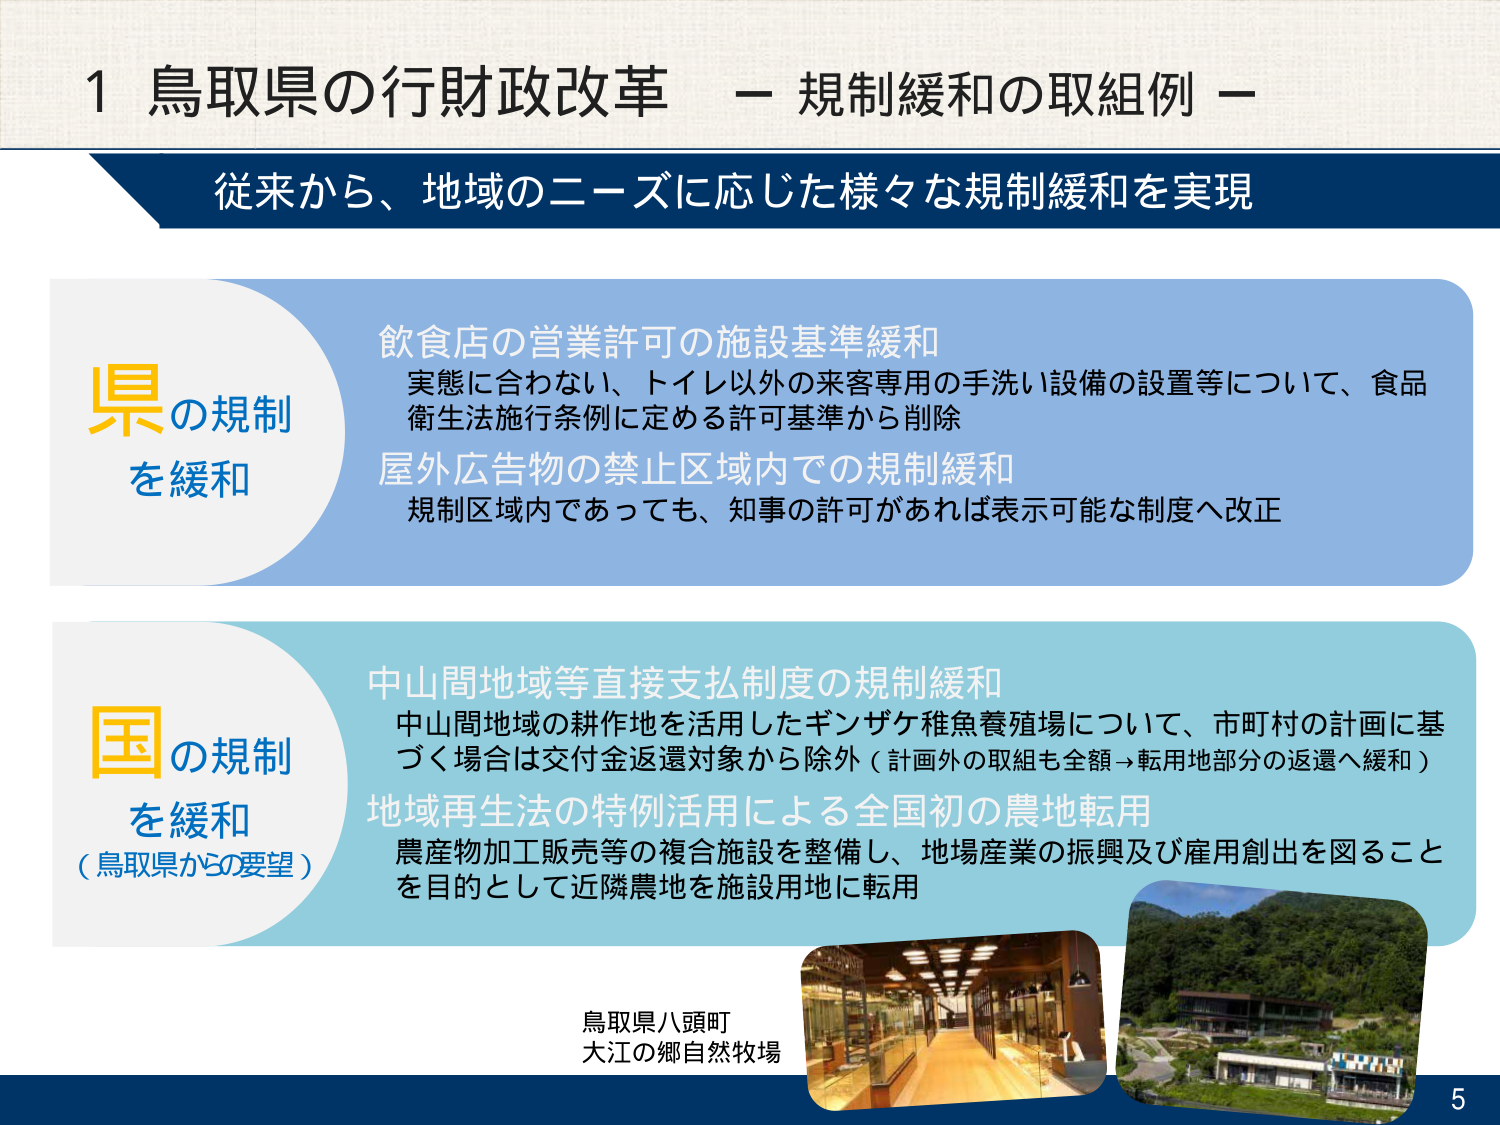
1 鳥取県の行財政改革 － 規制緩和の取組例 －

従来から、地域のニーズに応じた様々な規制緩和を実現

県の規制
を緩和

飲食店の営業許可の施設基準緩和
実態に合わない、トイレ以外の来客専用の手洗い設備の設置等について、食品
衛生法施行条例に定める許可基準から削除

屋外広告物の禁止区域内での規制緩和
規制区域内であっても、知事の許可があれば表示可能な制度へ改正

国の規制
を緩和
（鳥取県からの要望）

中山間地域等直接支払制度の規制緩和
中山間地域の耕作地を活用したギンザケ稚魚養殖場について、市町村の計画に基
づく場合は交付金返還対象から除外（計画外の取組も全額→転用地部分の返還へ緩和）

地域再生法の特例活用による全国初の農地転用
農産物加工販売等の複合施設を整備し、地場産業の振興及び雇用創出を図ること
を目的として近隣農地を施設用地に転用

鳥取県八頭町
大江の郷自然牧場

5